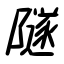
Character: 隧